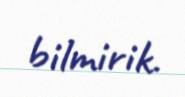
bilmirik.